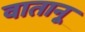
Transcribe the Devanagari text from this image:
वातानू